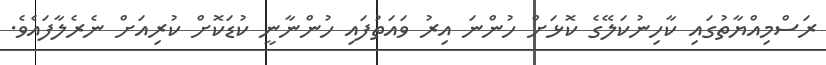
ރަސްމިއްޔާތުގައި ކާހިނުކަލޭގެ ކޮޅަށް ހުންނަ އިރު ވައަތުފައި ހުންނާނީ ކުޑަކޮށް ކުރިއަށް ނެރެލާފައެވެ.